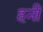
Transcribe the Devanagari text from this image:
हनीं